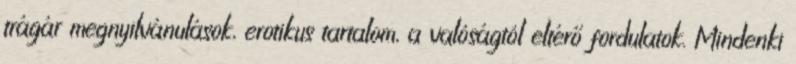
trágár megnyilvánulások, erotikus tartalom, a valóságtól eltérő fordulatok. Mindenki